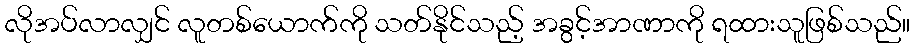
လိုအပ်လာလျှင် လူတစ်ယောက်ကို သတ်နိုင်သည့် အခွင့်အာဏာကို ရထားသူဖြစ်သည်။